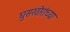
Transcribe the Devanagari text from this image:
घुसखोरांच्या